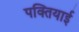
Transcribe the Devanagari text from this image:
पक्तियाई